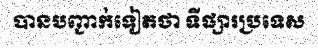
បានបញ្ជាក់ទៀតថា ទីផ្សារប្រទេស